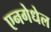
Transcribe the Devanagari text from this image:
एनगेधेल